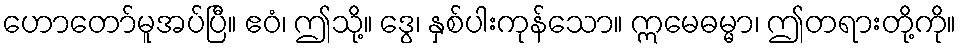
ဟောတော်မူအပ်ပြီ။ ဧဝံ၊ ဤသို့။ ဒွေ၊ နှစ်ပါးကုန်သော။ ဣမေဓမ္မာ၊ ဤတရားတို့ကို။